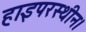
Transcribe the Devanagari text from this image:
हाइपरस्थीन।